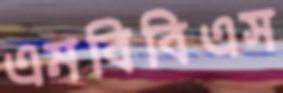
এমবিবিএস